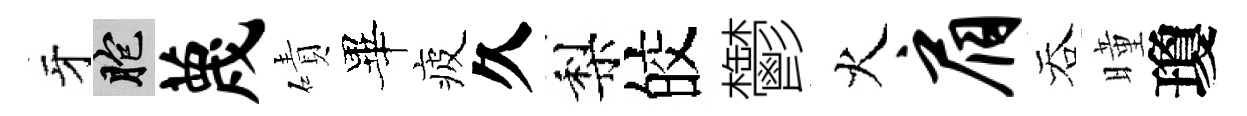
牙胞蔑磧畢疲久梨皎鬱火肩吞曈瓊